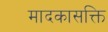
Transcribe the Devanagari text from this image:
मादकासक्ति